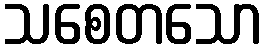
သစေတသော